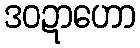
ဒဝဍာဟော